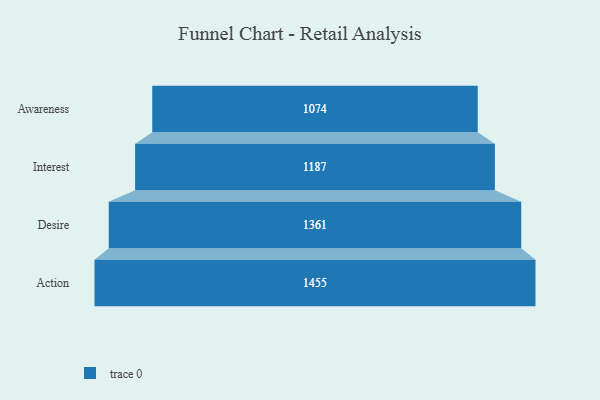
{"axis": {"x": "Stage", "y": "Value"}, "legend": [""], "data": [{"x": "Awareness", "y": 1074.0, "type": ""}, {"x": "Interest", "y": 1187.0, "type": ""}, {"x": "Desire", "y": 1361.0, "type": ""}, {"x": "Action", "y": 1455.0, "type": ""}]}